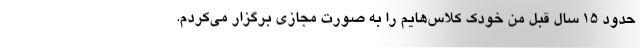
حدود ۱۵ سال قبل من خودک کلاس‌هایم را به صورت مجازی برگزار می‌کردم.